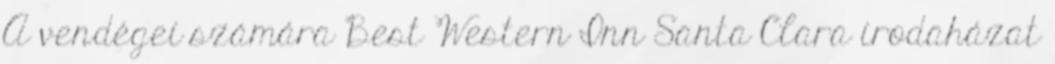
A vendégei számára Best Western Inn Santa Clara irodaházat